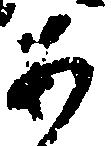
あ